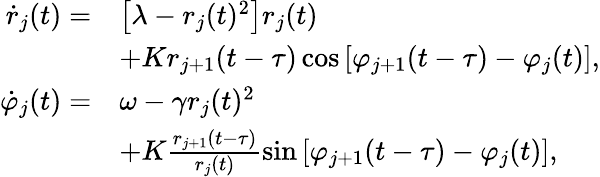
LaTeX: \begin{array}{rl}{\dot{r}_{j}(t)=}&{\left[\lambda-r_{j}(t)^{2}\right]r_{j}(t)}\\ &{+Kr_{j+1}(t-\tau)\cos\left[\varphi_{j+1}(t-\tau)-\varphi_{j}(t)\right],}\\ {\dot{\varphi}_{j}(t)=}&{\omega-\gamma r_{j}(t)^{2}}\\ &{+K\frac{r_{j+1}(t-\tau)}{r_{j}(t)}\sin\left[\varphi_{j+1}(t-\tau)-\varphi_{j}(t)\right],}\end{array}